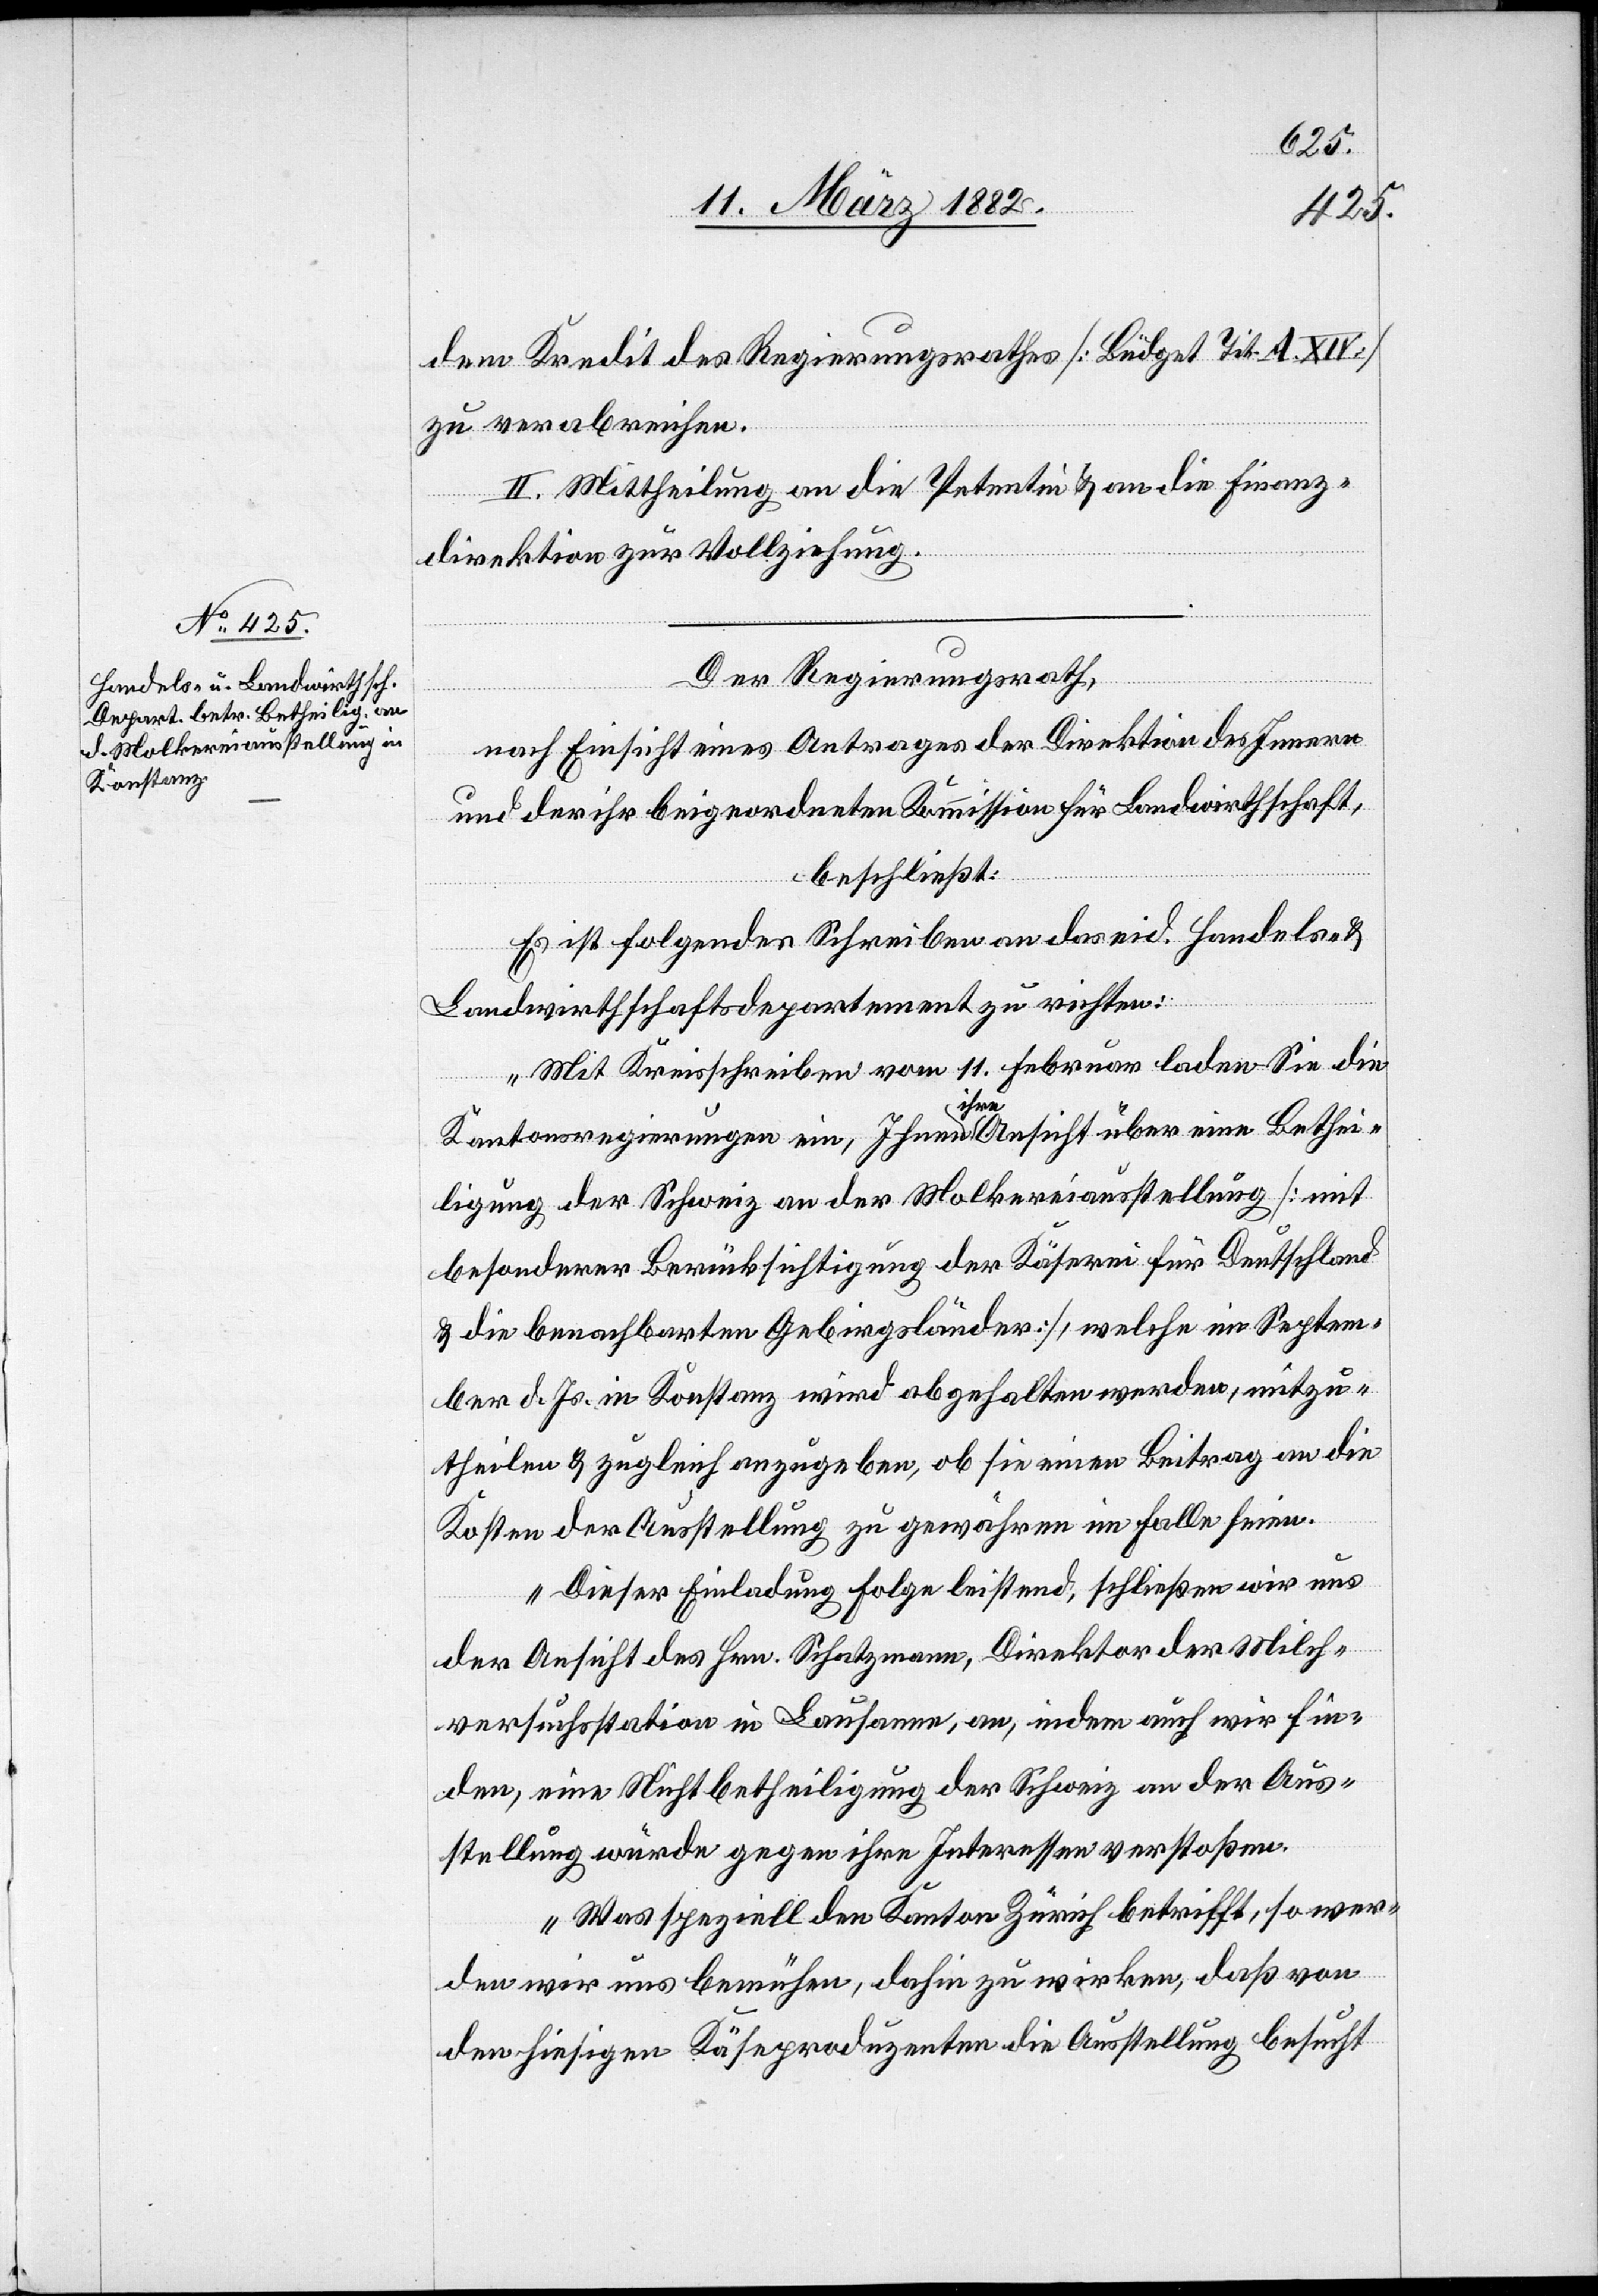
dem Kredit des Regierungsrathes [Büdget Tit. A. XIV.]
zu verabreichen.
II. Mittheilung an die Petentin & an die Finanz¬
direktion zur Vollziehung.
Der Regierungsrath,
nach Einsicht eines Antrages der Direktion des Innern
und der ihr beigeordneten Kommission für Landwirthschaft,
beschließt:
Es ist folgendes Schreiben an das eid. Handels- &
Landwirthschaftsdepartement zu richten:
„Mit Kreisschreiben vom 11. Februar laden Sie die
Kantonsregierungen ein, Ihnen ihre Ansicht über eine Bethei¬
ligung der Schweiz an die Molkereiausstellung [mit
besonderer Berücksichtigung der Käserei für Deutschland
& die benachbarten Gebirgsländer], welche im Septem¬
ber d. Js. in Konstanz wird abgehalten werden, mitzu¬
theilen & zugleich anzugeben, ob sie einen Beitrag an die
Kosten der Ausstellung zu gewähren im Falle seien.
Dieser Einladung Folge leistend, schließen wir uns
der Ansicht des Hrn. Schatzmann, Direktor der Milch¬
versuchsstation in Lausanne, an, indem auch wir fin¬
den, eine Nichtbetheiligung der Schweiz an der Aus¬
stellung würde gegen ihre Interessen verstoßen.
Was speziell den Kanton Zürich betrifft, so wer¬
den wir uns bemühen, dahin zu wirken, daß von
den hiesigen Käseproduzenten die Ausstellung besucht